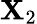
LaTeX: \mathbf{X}_{2}